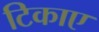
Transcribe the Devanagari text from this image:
टिकाए